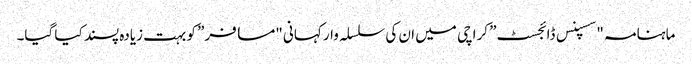
ماہنامہ "سسپنس ڈائجسٹ” کراچی میں ان کی سلسلہ وار کہانی "مسافر” کو بہت زیادہ پسند کیا گیا۔